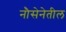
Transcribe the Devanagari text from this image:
नौसेनेतील